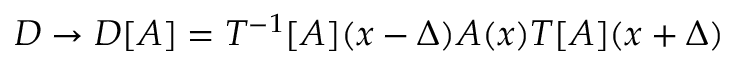
D \rightarrow D [ A ] = T ^ { - 1 } [ A ] ( x - \Delta ) A ( x ) T [ A ] ( x + \Delta )